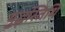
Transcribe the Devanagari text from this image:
युद्धस्तिथि